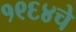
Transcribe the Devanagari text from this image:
१९६४चे